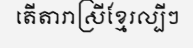
តើតារាស្រីខ្មែរល្បីៗ